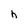
Character: h